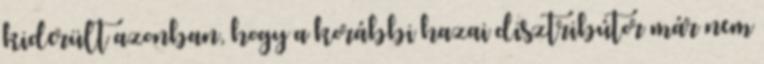
kiderült azonban, hogy a korábbi hazai disztribútor már nem